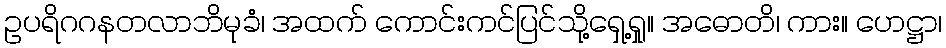
ဥပရိဂဂနတလာဘိမုခံ၊ အထက် ကောင်းကင်ပြင်သို့ရှေ့ရှု။ အဓောတိ၊ ကား။ ဟေဋ္ဌာ၊